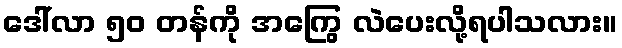
ဒေါ်လာ ၅၀ တန်ကို အကြွေ လဲပေးလို့ရပါသလား။